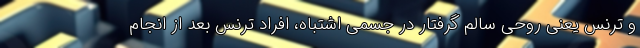
و ترنس یعنی روحی سالم گرفتار در جسمی اشتباه، افراد ترنس بعد از انجام